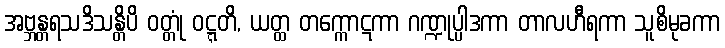
အဗ္ဘန္တရသဒိသန္တိပိ ဝတ္တုံ ဝဋ္ဋတိ, ယတ္ထ တက္ကောဋကာ ဂဏ္ဍုပ္ပါဒကာ တာလဟီရကာ သူစိမုခကာ